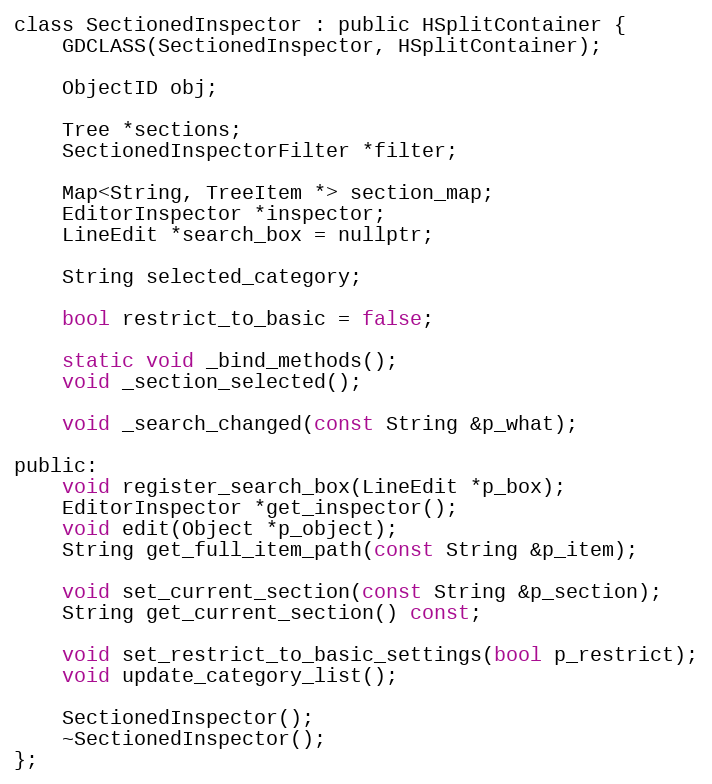
Language: C
class SectionedInspector : public HSplitContainer {
	GDCLASS(SectionedInspector, HSplitContainer);

	ObjectID obj;

	Tree *sections;
	SectionedInspectorFilter *filter;

	Map<String, TreeItem *> section_map;
	EditorInspector *inspector;
	LineEdit *search_box = nullptr;

	String selected_category;

	bool restrict_to_basic = false;

	static void _bind_methods();
	void _section_selected();

	void _search_changed(const String &p_what);

public:
	void register_search_box(LineEdit *p_box);
	EditorInspector *get_inspector();
	void edit(Object *p_object);
	String get_full_item_path(const String &p_item);

	void set_current_section(const String &p_section);
	String get_current_section() const;

	void set_restrict_to_basic_settings(bool p_restrict);
	void update_category_list();

	SectionedInspector();
	~SectionedInspector();
};